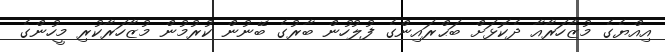
އިއްޔެގެ މުޒާހަރާއާ ދެކޮޅަށް ބަޙްރައިންގެ ފުލުހުން ބާރުގެ ބޭނުން ކުރުމުން މުޒާހަރާކުރި މީހުންގެ